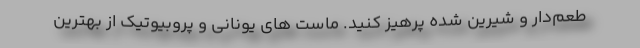
طعم‌دار و شیرین شده پرهیز کنید. ماست های یونانی و پروبیوتیک از بهترین